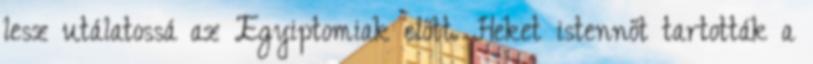
lesz utálatossá az Egyiptomiak előtt. Heket istennőt tartották a